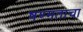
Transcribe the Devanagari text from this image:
षण्मताचा